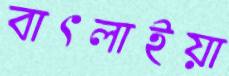
বাৎলাইয়া